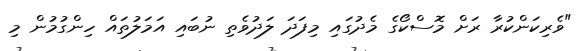
"ވެރިކަންކުރާ ރަށް މޮސްކޯގެ މެދުގައި މިފަދަ ލަދުވެތި ނުބައި އަމަލުތައް ހިންގުމުން މި